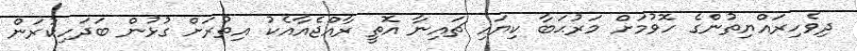
ދިވެހިރައްޔިތުންގެ ހޮވުމަށް މަރުޙަބާ ކިޔައި ޗައިނާ އޮތީ ރާއްޖެއާއެކު އިތުރަށް ގުޅުން ބަދަހިކުރަން